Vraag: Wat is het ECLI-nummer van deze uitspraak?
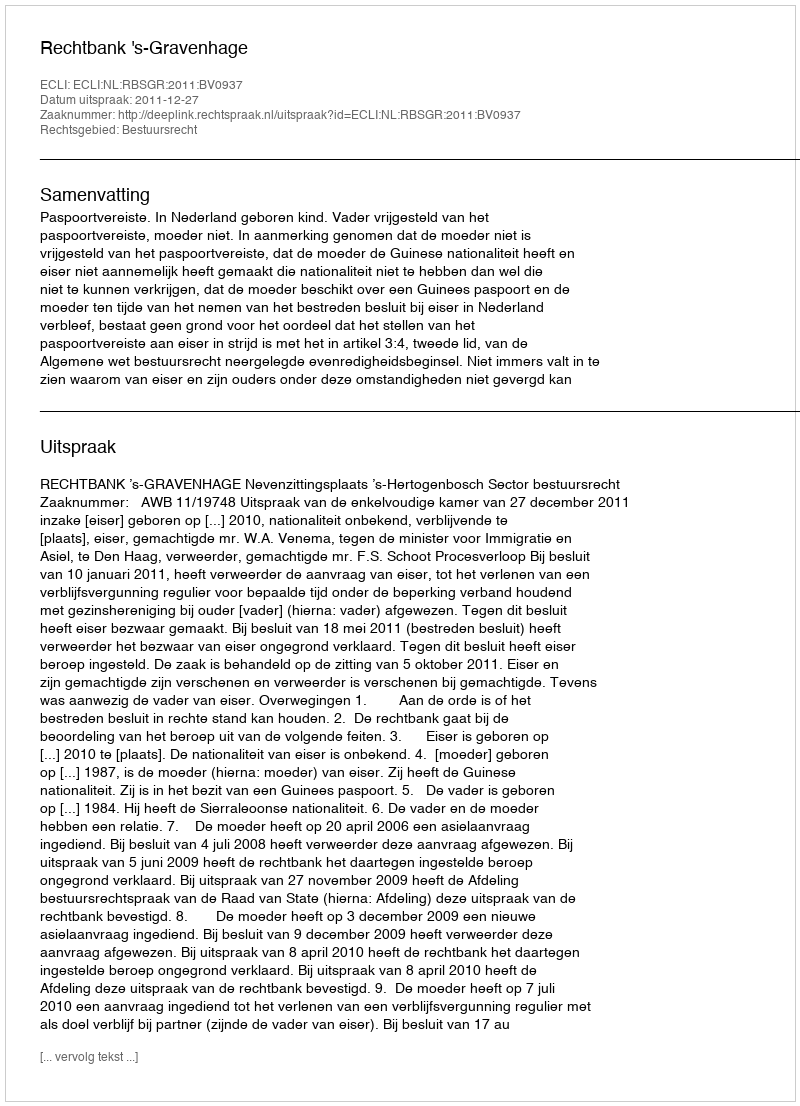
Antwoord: ECLI:NL:RBSGR:2011:BV0937